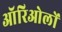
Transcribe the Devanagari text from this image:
ऑरिओलों